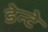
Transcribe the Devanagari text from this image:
डेन्टे